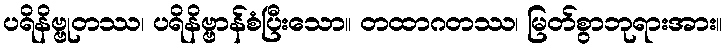
ပရိနိဗ္ဗုတဿ၊ ပရိနိဗ္ဗာန်စံပြီးသော။ တထာဂတဿ၊ မြတ်စွာဘုရားအား။